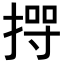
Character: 𢰊